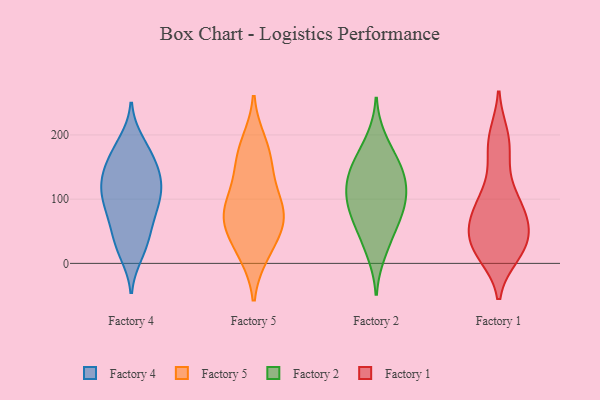
{"axis": {"x": "Active Users", "y": "Value"}, "legend": ["Factory 1", "Factory 2", "Factory 4", "Factory 5"], "data": [{"x": "", "y": 126, "type": "Factory 4"}, {"x": "", "y": 26, "type": "Factory 4"}, {"x": "", "y": 81, "type": "Factory 4"}, {"x": "", "y": 15, "type": "Factory 4"}, {"x": "", "y": 173, "type": "Factory 4"}, {"x": "", "y": 101, "type": "Factory 4"}, {"x": "", "y": 56, "type": "Factory 4"}, {"x": "", "y": 189, "type": "Factory 4"}, {"x": "", "y": 25, "type": "Factory 4"}, {"x": "", "y": 91, "type": "Factory 4"}, {"x": "", "y": 130, "type": "Factory 4"}, {"x": "", "y": 146, "type": "Factory 4"}, {"x": "", "y": 106, "type": "Factory 4"}, {"x": "", "y": 120, "type": "Factory 4"}, {"x": "", "y": 180, "type": "Factory 4"}, {"x": "", "y": 53, "type": "Factory 4"}, {"x": "", "y": 76, "type": "Factory 4"}, {"x": "", "y": 153, "type": "Factory 4"}, {"x": "", "y": 151, "type": "Factory 4"}, {"x": "", "y": 116, "type": "Factory 4"}, {"x": "", "y": 66, "type": "Factory 5"}, {"x": "", "y": 95, "type": "Factory 5"}, {"x": "", "y": 170, "type": "Factory 5"}, {"x": "", "y": 67, "type": "Factory 5"}, {"x": "", "y": 118, "type": "Factory 5"}, {"x": "", "y": 23, "type": "Factory 5"}, {"x": "", "y": 187, "type": "Factory 5"}, {"x": "", "y": 150, "type": "Factory 5"}, {"x": "", "y": 70, "type": "Factory 5"}, {"x": "", "y": 74, "type": "Factory 5"}, {"x": "", "y": 16, "type": "Factory 5"}, {"x": "", "y": 62, "type": "Factory 2"}, {"x": "", "y": 15, "type": "Factory 2"}, {"x": "", "y": 124, "type": "Factory 2"}, {"x": "", "y": 76, "type": "Factory 2"}, {"x": "", "y": 104, "type": "Factory 2"}, {"x": "", "y": 194, "type": "Factory 2"}, {"x": "", "y": 156, "type": "Factory 2"}, {"x": "", "y": 44, "type": "Factory 2"}, {"x": "", "y": 159, "type": "Factory 2"}, {"x": "", "y": 126, "type": "Factory 2"}, {"x": "", "y": 88, "type": "Factory 2"}, {"x": "", "y": 144, "type": "Factory 2"}, {"x": "", "y": 100, "type": "Factory 2"}, {"x": "", "y": 33, "type": "Factory 1"}, {"x": "", "y": 185, "type": "Factory 1"}, {"x": "", "y": 154, "type": "Factory 1"}, {"x": "", "y": 193, "type": "Factory 1"}, {"x": "", "y": 20, "type": "Factory 1"}, {"x": "", "y": 50, "type": "Factory 1"}, {"x": "", "y": 97, "type": "Factory 1"}, {"x": "", "y": 89, "type": "Factory 1"}, {"x": "", "y": 61, "type": "Factory 1"}, {"x": "", "y": 81, "type": "Factory 1"}, {"x": "", "y": 29, "type": "Factory 1"}, {"x": "", "y": 24, "type": "Factory 1"}, {"x": "", "y": 14, "type": "Factory 1"}, {"x": "", "y": 198, "type": "Factory 1"}, {"x": "", "y": 64, "type": "Factory 1"}, {"x": "", "y": 14, "type": "Factory 1"}, {"x": "", "y": 50, "type": "Factory 1"}, {"x": "", "y": 114, "type": "Factory 1"}, {"x": "", "y": 85, "type": "Factory 1"}]}